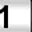
Digit: 1